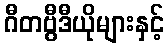
ဂီတဗွီဒီယိုများနှင့်